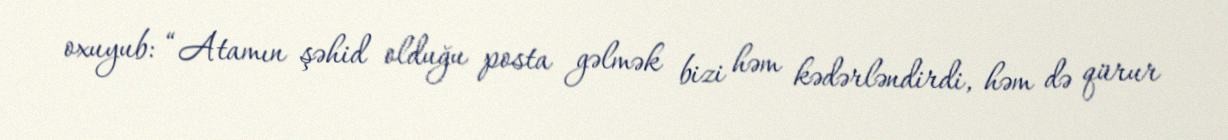
oxuyub: “Atamın şəhid olduğu posta gəlmək bizi həm kədərləndirdi, həm də qürur